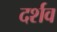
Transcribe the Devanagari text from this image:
दर्शव